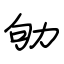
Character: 劬